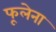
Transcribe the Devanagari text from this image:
फूलेना